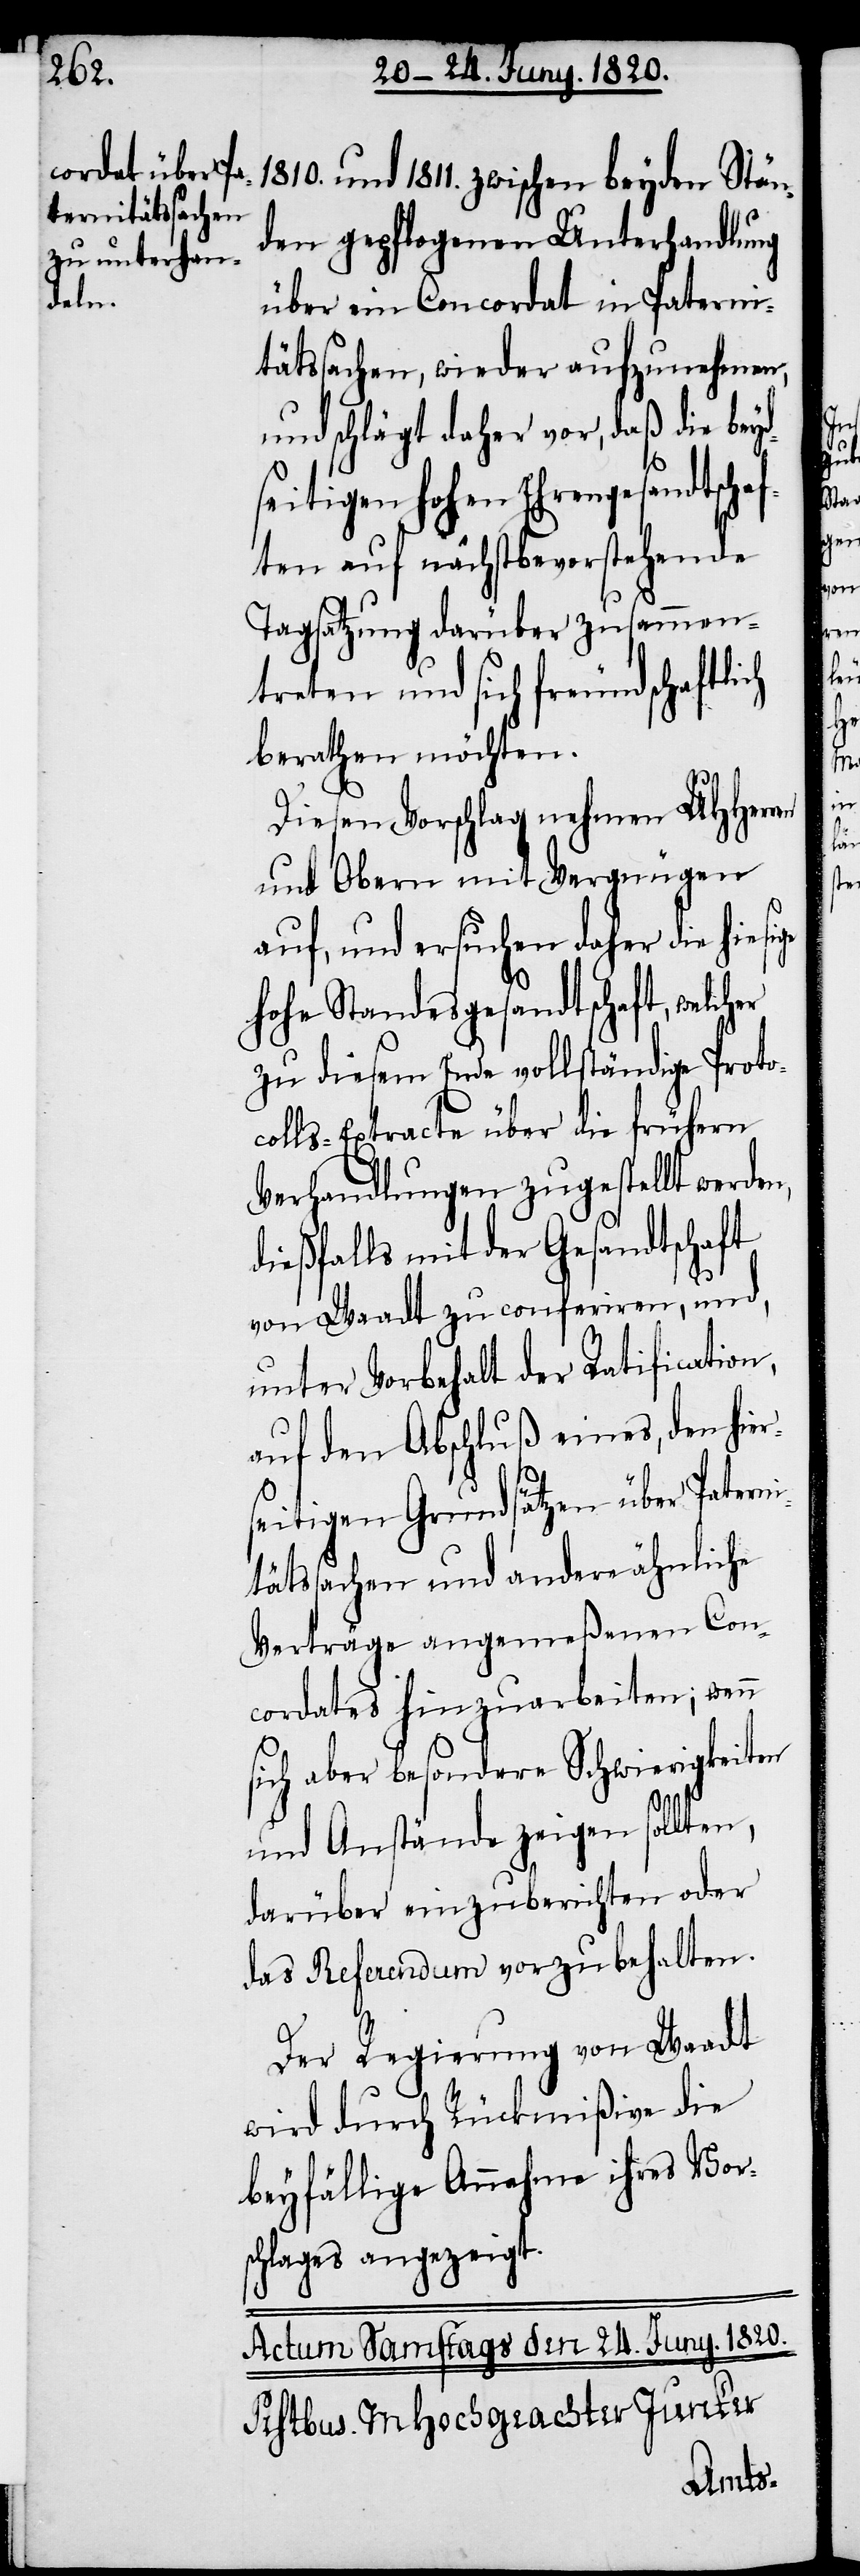
d¬
ge

1810. und 1811. zwischen beyden Stän¬
den gepflogenen Unterhandlung
über ein Concordat in Paterni¬
tätssachen, wieder aufzunehmen,
und schlägt daher vor, daß die bey¬
seitigen hohen Ehrengesandtschaf¬
ten auf nächstbevorstehende
Tagsatzung darüber zusammen¬
treten und sich freundschaftlich
berathen möchten.
Diesen Vorschlag nehmen UHHerr¬
und Obern mit Vergnügen
auf, und ersuchen daher die hiesi¬
hohe Standesgesandtschaft, welcher
zu diesem Ende vollständige Protoc¬
olls-Extracte über die frühern
Verhandlungen zugestellt werden,
dießfalls mit der Gesandtschaft
von Waadt zu conferiren, und,
unter Vorbehalt der Ratification,
auf den Abschluß eines, den hier¬
seitigen Grundsätzen über Paterni¬
tätssachen und andere ähnliche
Verträge angemeßenen Con¬
cordates hinzuarbeiten; wenn
sich aber besondere Schwierigkeiten
und Anstände zeigen sollten,
darüber einzuberichten oder
das Referendum vorzubehalten.
Der Regierung von Waadt
wird durch Rückmißive die
beyfällige Annahme ihres Vor¬
schlages angezeigt.